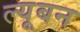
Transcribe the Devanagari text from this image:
ल्यूबन